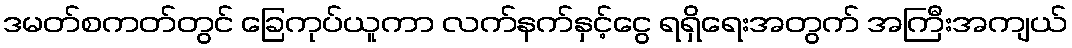
ဒမတ်စကတ်တွင် ခြေကုပ်ယူကာ လက်နက်နှင့်ငွေ ရရှိရေးအတွက် အကြီးအကျယ်